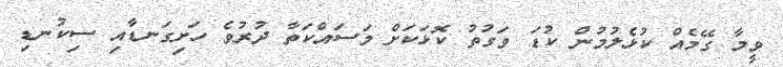
ވީމާ ގޭމެއް ކުޅެލުމުން ކުޑަ ވަގުތު ކޮޅަކަށް މަސައްކަތާ ދުރުވެ ހަށިގަނޑާއި ސިކުނޑި